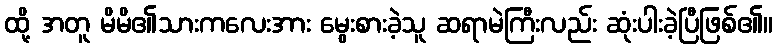
ထို့ အတူ မိမိ၏သားကလေးအား မွေးစားခဲ့သူ ဆရာမဲကြီးလည်း ဆုံးပါးခဲ့ပြီဖြစ်၏။